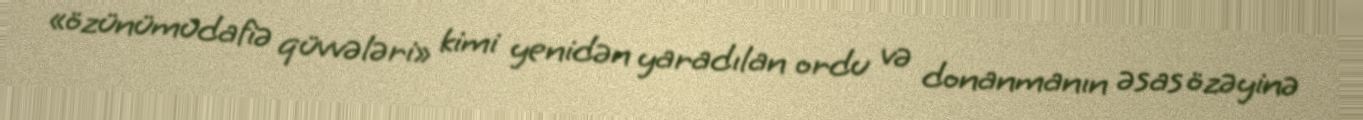
«özünümüdafiə qüvvələri» kimi yenidən yaradılan ordu və donanmanın əsas özəyinə